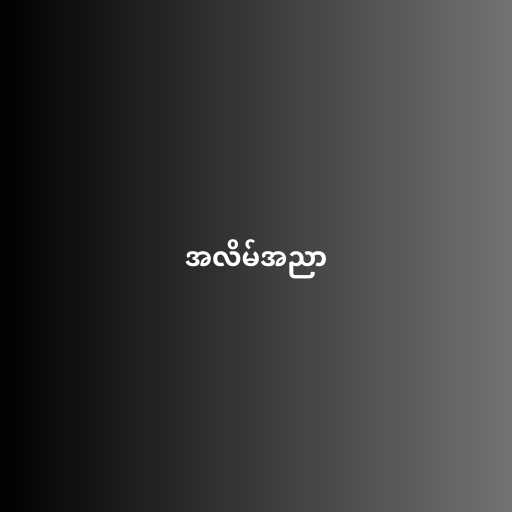
အလိမ်အညာ